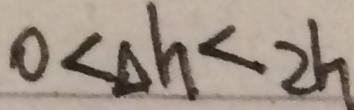
0 < \Delta h < 2 h